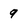
Character: 9